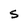
Character: S